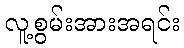
လူ့စွမ်းအားအရင်း